Scottish Leaving Certificate Examination, 1957
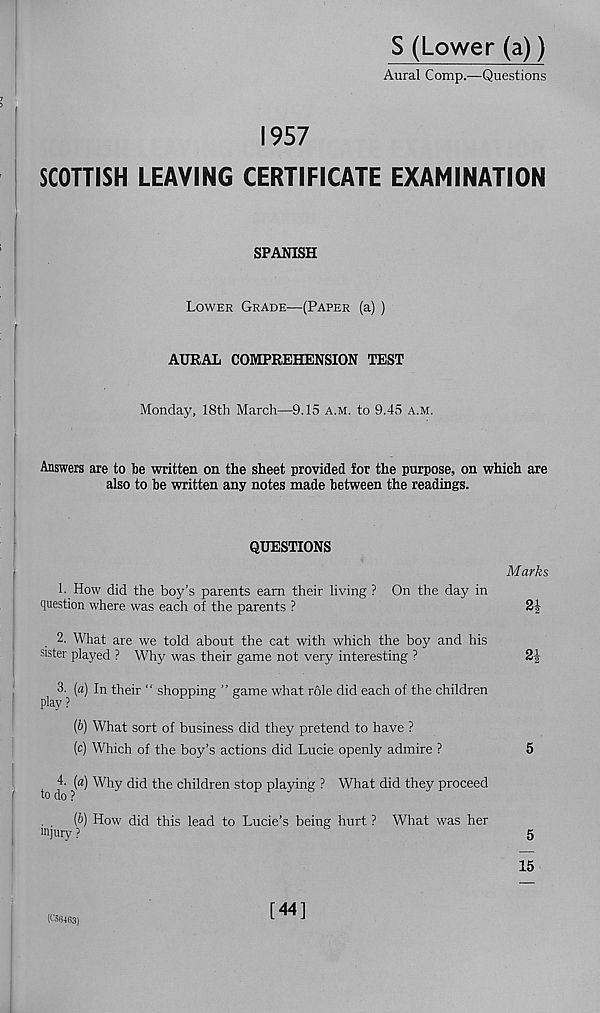
S (Lower (a))
Aural Comp.—Questions
1957
SCOTTISH LEAVING CERTIFICATE EXAMINATION
SPANISH
Lower Grade—-(Paper (a) )
AURAL COMPREHENSION TEST
Monday, 18th March—9.15 a.m. to 9.45 a.m.
Answers are to be written on the sheet provided for the purpose, on which are
also to be written any notes made between the readings.
QUESTIONS
1. How did the boy’s parents earn their living ? On the day in
question where was each of the parents ?
2. What are we told about the cat with which the boy and his
sister played ? Why was their game not very interesting ?
3. [a) In their “ shopping ” game what role did each of the children
play?
(b) What sort of business did they pretend to have ?
(c) Which of the boy’s actions did Lucie openly admire ?
4. [a] Why did the children stop playing ? What did they proceed
to do ?
, . {b) How did this lead to Lucie’s being hurt ? What was her
injury ?
Marks
2i
5
15
(056463)
[44]